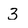
Character: 3